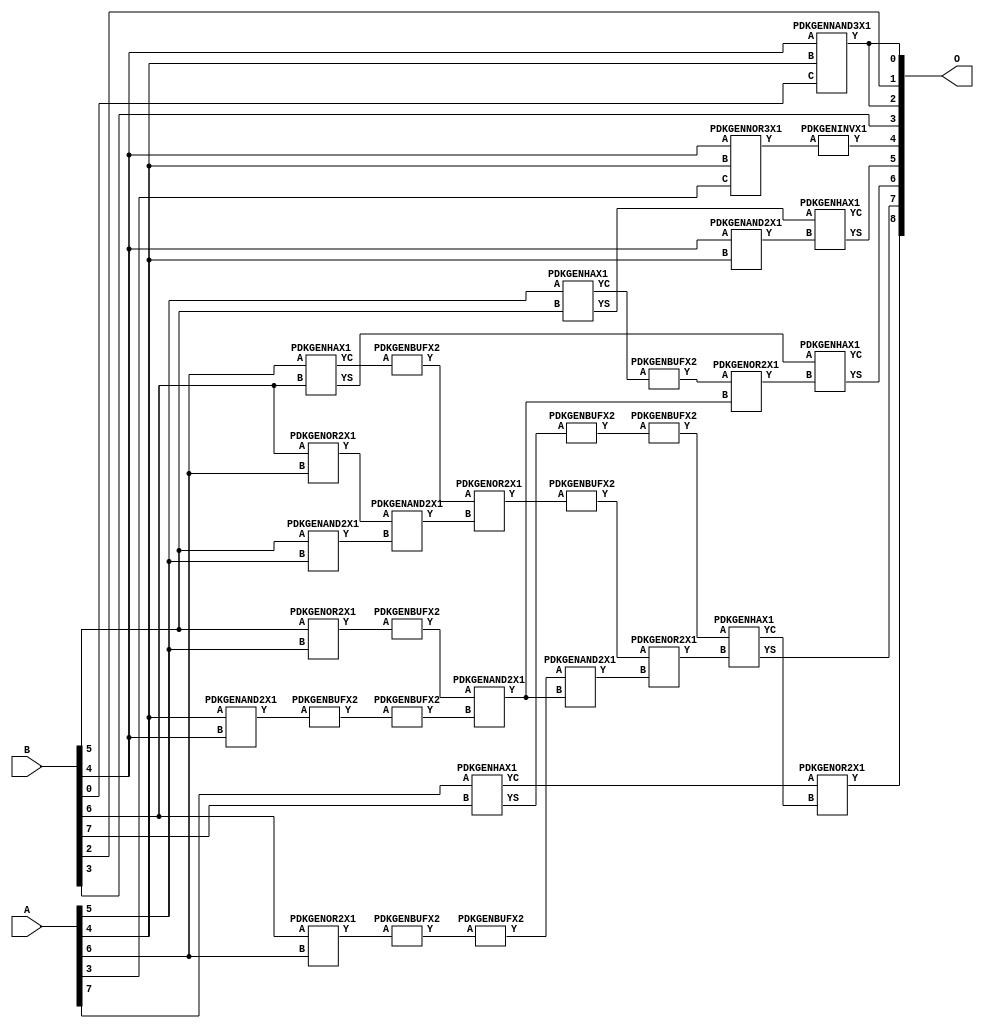
// Library = EvoApprox8b
// Circuit = add8_445
// Area   (180) = 1252
// Delay  (180) = 0.880
// Power  (180) = 335.80
// Area   (45) = 89
// Delay  (45) = 0.370
// Power  (45) = 26.67
// Nodes = 32
// HD = 188032
// MAE = 6.20312
// MSE = 58.50000
// MRE = 3.25 %
// WCE = 21
// WCRE = 500 %
// EP = 94.5 %

module add8_445(A, B, O);
  input [7:0] A;
  input [7:0] B;
  output [8:0] O;
  wire [2031:0] N;

  assign N[0] = A[0];
  assign N[1] = A[0];
  assign N[2] = A[1];
  assign N[3] = A[1];
  assign N[4] = A[2];
  assign N[5] = A[2];
  assign N[6] = A[3];
  assign N[7] = A[3];
  assign N[8] = A[4];
  assign N[9] = A[4];
  assign N[10] = A[5];
  assign N[11] = A[5];
  assign N[12] = A[6];
  assign N[13] = A[6];
  assign N[14] = A[7];
  assign N[15] = A[7];
  assign N[16] = B[0];
  assign N[17] = B[0];
  assign N[18] = B[1];
  assign N[19] = B[1];
  assign N[20] = B[2];
  assign N[21] = B[2];
  assign N[22] = B[3];
  assign N[23] = B[3];
  assign N[24] = B[4];
  assign N[25] = B[4];
  assign N[26] = B[5];
  assign N[27] = B[5];
  assign N[28] = B[6];
  assign N[29] = B[6];
  assign N[30] = B[7];
  assign N[31] = B[7];

  PDKGENNAND3X1 n36(.A(N[24]), .B(N[8]), .C(N[16]), .Y(N[36]));
  assign N[37] = N[36];
  PDKGENOR2X1 n42(.A(N[28]), .B(N[12]), .Y(N[42]));
  assign N[43] = N[42];
  PDKGENOR2X1 n44(.A(N[28]), .B(N[12]), .Y(N[44]));
  PDKGENAND2X1 n46(.A(N[26]), .B(N[10]), .Y(N[46]));
  PDKGENNOR3X1 n48(.A(N[24]), .B(N[8]), .C(N[6]), .Y(N[48]));
  assign N[49] = N[48];
  PDKGENAND2X1 n68(.A(N[8]), .B(N[24]), .Y(N[68]));
  assign N[69] = N[68];
  PDKGENBUFX2 n70(.A(N[69]), .Y(N[70]));
  PDKGENAND2X1 n72(.A(N[24]), .B(N[8]), .Y(N[72]));
  assign N[73] = N[72];
  PDKGENHAX1 n78(.A(N[10]), .B(N[26]), .YS(N[78]), .YC(N[79]));
  PDKGENBUFX2 n80(.A(N[79]), .Y(N[80]));
  assign N[81] = N[80];
  PDKGENHAX1 n86(.A(N[12]), .B(N[28]), .YS(N[86]), .YC(N[87]));
  PDKGENHAX1 n96(.A(N[14]), .B(N[30]), .YS(N[96]), .YC(N[97]));
  PDKGENBUFX2 n128(.A(N[44]), .Y(N[128]));
  PDKGENOR2X1 n134(.A(N[26]), .B(N[10]), .Y(N[134]));
  assign N[135] = N[134];
  PDKGENBUFX2 n142(.A(N[87]), .Y(N[142]));
  assign N[143] = N[142];
  PDKGENBUFX2 n152(.A(N[70]), .Y(N[152]));
  assign N[153] = N[152];
  PDKGENBUFX2 n160(.A(N[96]), .Y(N[160]));
  PDKGENAND2X1 n162(.A(N[43]), .B(N[46]), .Y(N[162]));
  PDKGENBUFX2 n170(.A(N[128]), .Y(N[170]));
  PDKGENINVX1 n176(.A(N[49]), .Y(N[176]));
  assign N[177] = N[176];
  PDKGENOR2X1 n180(.A(N[143]), .B(N[162]), .Y(N[180]));
  assign N[181] = N[180];
  PDKGENBUFX2 n206(.A(N[135]), .Y(N[206]));
  PDKGENBUFX2 n208(.A(N[181]), .Y(N[208]));
  assign N[209] = N[208];
  PDKGENAND2X1 n226(.A(N[206]), .B(N[153]), .Y(N[226]));
  PDKGENOR2X1 n244(.A(N[81]), .B(N[226]), .Y(N[244]));
  assign N[245] = N[244];
  PDKGENAND2X1 n254(.A(N[170]), .B(N[226]), .Y(N[254]));
  PDKGENOR2X1 n272(.A(N[209]), .B(N[254]), .Y(N[272]));
  PDKGENBUFX2 n376(.A(N[160]), .Y(N[376]));
  assign N[377] = N[376];
  PDKGENHAX1 n394(.A(N[78]), .B(N[73]), .YS(N[394]), .YC(N[395]));
  PDKGENHAX1 n404(.A(N[86]), .B(N[245]), .YS(N[404]), .YC(N[405]));
  PDKGENHAX1 n412(.A(N[377]), .B(N[272]), .YS(N[412]), .YC(N[413]));
  PDKGENOR2X1 n422(.A(N[97]), .B(N[413]), .Y(N[422]));

  assign O[0] = N[37];
  assign O[1] = N[20];
  assign O[2] = N[37];
  assign O[3] = N[22];
  assign O[4] = N[177];
  assign O[5] = N[394];
  assign O[6] = N[404];
  assign O[7] = N[412];
  assign O[8] = N[422];

endmodule
/* mod */
module PDKGENNOR3X1(input A, input B, input C, output Y );
     assign Y = ~((A | B) | C);
endmodule
/* mod */
module PDKGENHAX1( input A, input B, output YS, output YC );
    assign YS = A ^ B;
    assign YC = A & B;
endmodule
/* mod */
module PDKGENOR2X1(input A, input B, output Y );
     assign Y = A | B;
endmodule
/* mod */
module PDKGENAND2X1(input A, input B, output Y );
     assign Y = A & B;
endmodule
/* mod */
module PDKGENINVX1(input A, output Y );
     assign Y = ~A;
endmodule
/* mod */
module PDKGENNAND3X1(input A, input B, input C, output Y );
     assign Y = ~((A & B) & C);
endmodule
/* mod */
module PDKGENBUFX2(input A, output Y );
     assign Y = A;
endmodule